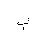
Letter: _ba